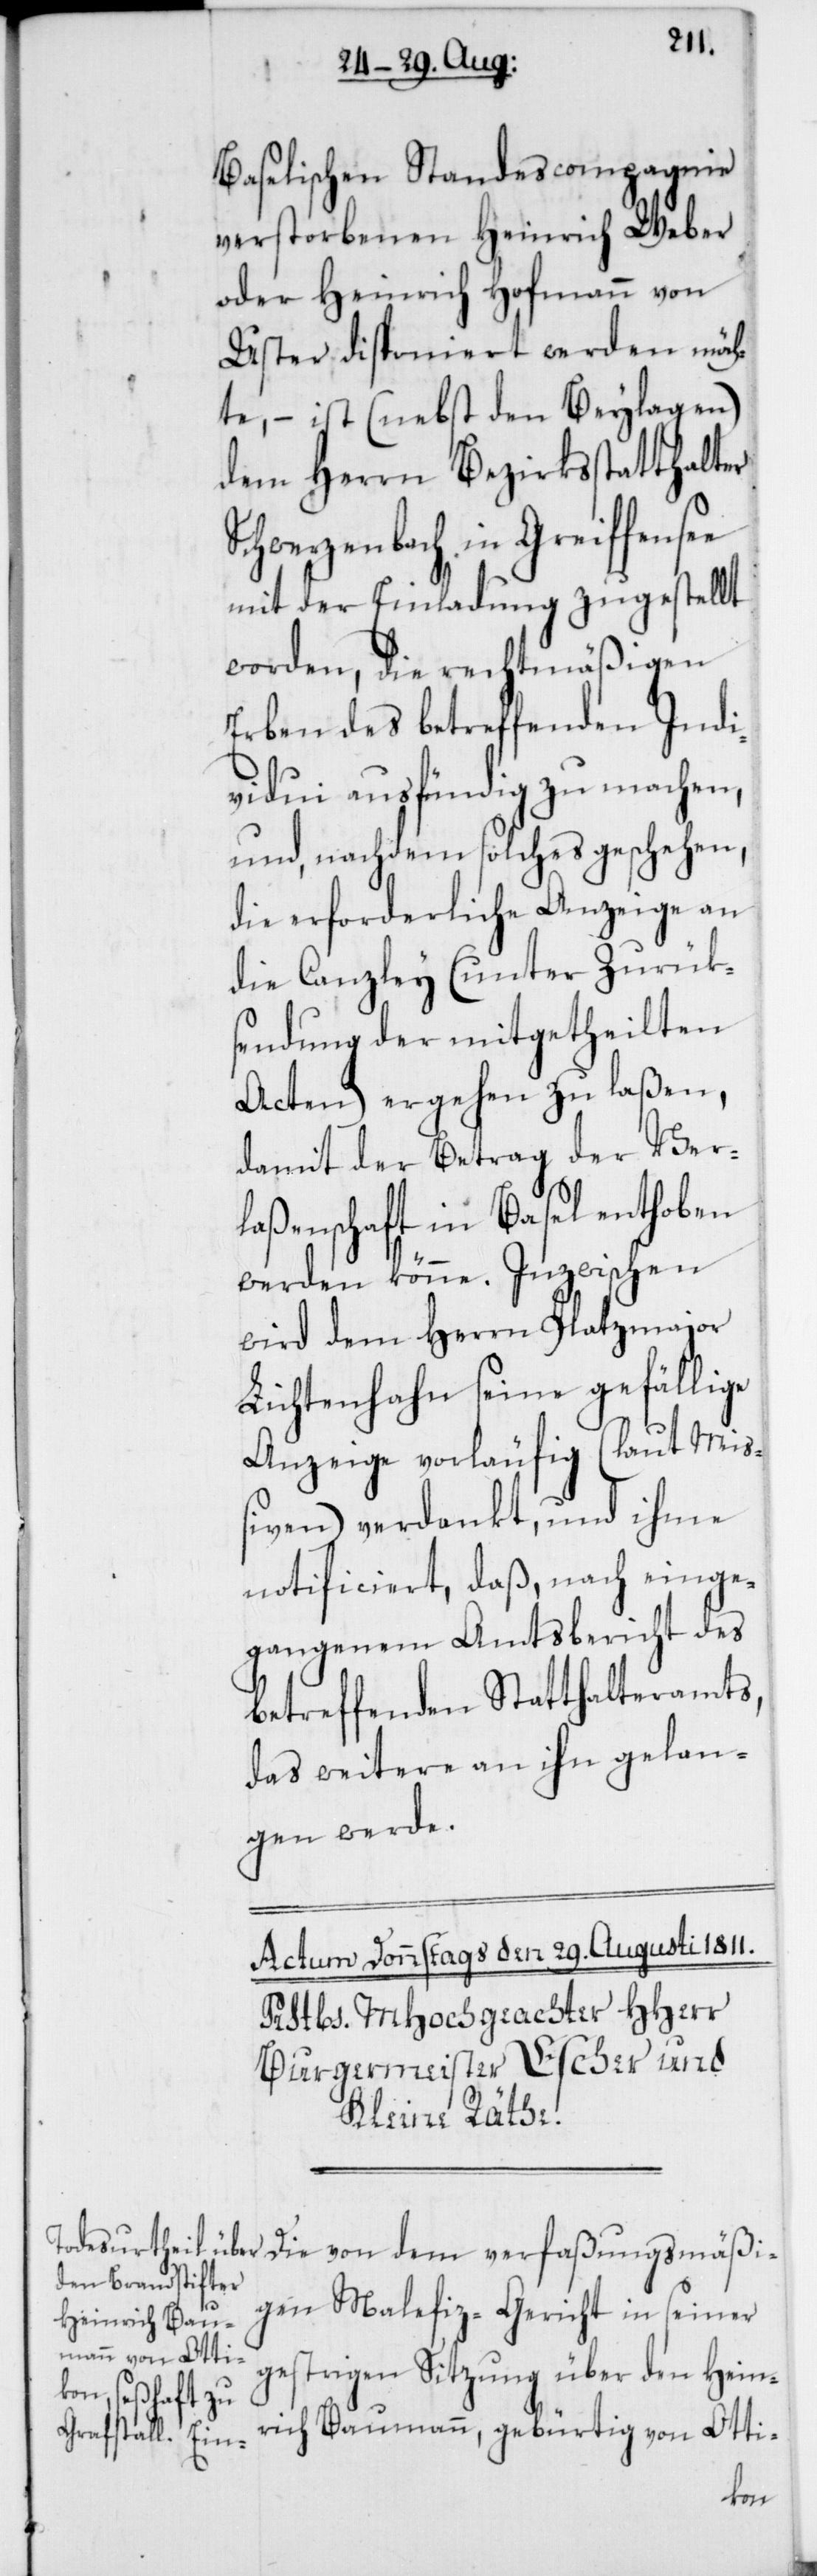
Baselischen Standescompagnie
verstorbenen Heinrich Weber
oder Heinrich Hofmann von
Uster, disponiert werden möch¬
te, – ist (nebst den Beylagen)
dem Herrn Bezirksstatthalter
Schwerzenbach in Greiffensee
mit der Einladung zugestellt
worden, die rechtmäßigen
Erben des betreffenden Indi¬
vidui ausfündig zu machen,
und, nachdem solches geschehen,
die erforderliche Anzeige an
die Canzley (unter Zurük¬
sendung der mitgetheilten
Acten) ergehen zu laßen,
damit der Betrag der Ver¬
laßenschaft in Basel enthoben
werden könne. Inzwischen
wird dem Herrn Platzmajor
Lichtenhahn seine gefällige
Anzeige vorläufig (laut Miß¬
iven) verdankt, und ihme
notificiert, daß, nach einge¬
gangenem Amtsbericht des
betreffenden Statthalteramts,
das Weitere an ihn gelan¬
gen werde.
Die von dem verfaßungsmäßi¬
gen Malefiz-Gericht in seiner
gestrigen Sitzung über den Hein¬
rich Baumann, gebürtig von Otti-